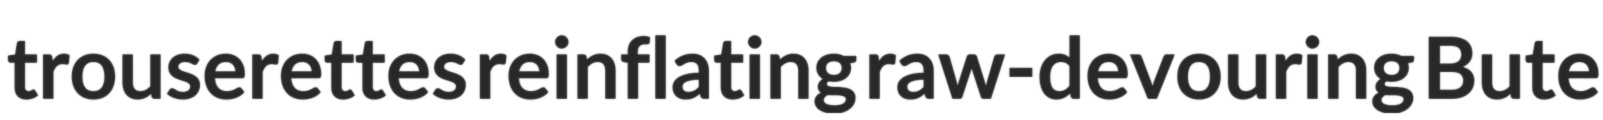
trouserettes reinflating raw-devouring Bute